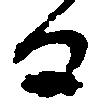
る